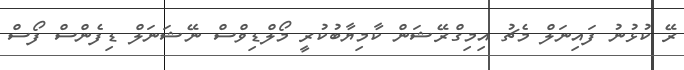
ރޭ ކުޅުނު ފައިނަލް މެޗު އިމިގްރޭޝަން ކާމިޔާބުކުރީ މޯލްޑިވްސް ނޭޝަނަލް ޑިފެންސް ފޯސް